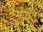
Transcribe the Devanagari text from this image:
मैचिट